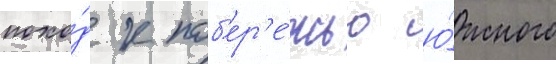
похо́д к поб'ер'е́жью ю́жного